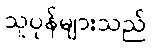
သူပုန်များသည်